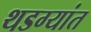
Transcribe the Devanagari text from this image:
थडग्यांत